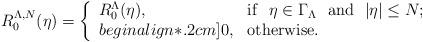
LaTeX: \begin{align*} R^{\Lambda, N}_0 (\eta) = \left\{ \begin{array}{ll} R^{\Lambda}_0(\eta) , &{\rm if} \ \ \eta\in \Gamma_\Lambda \ \ {\rm and} \ \ |\eta|\leq N;\\begin{align*}.2cm] 0, &{\rm otherwise}. \end{array} \right.\end{align*}